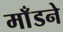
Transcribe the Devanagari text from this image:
माँडने